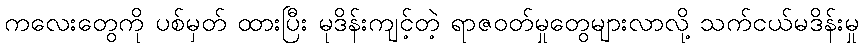
ကလေးတွေကို ပစ်မှတ် ထားပြီး မုဒိန်းကျင့်တဲ့ ရာဇဝတ်မှုတွေများလာလို့ သက်ငယ်မဒိန်းမှု